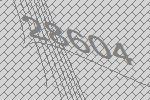
28604